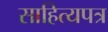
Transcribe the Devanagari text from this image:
साहित्यपत्र